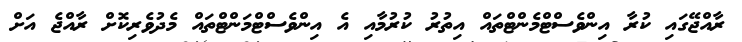
ރާއްޖޭގައި ކުރާ އިންވެސްޓްމެންޓްތައް އިތުރު ކުރުމާއި އެ އިންވެސްޓްމަންޓްތައް މެދުވެރިކޮށް ރާއްޖެ އަށް